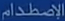
الإِصْطَدَ